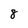
Character: 8